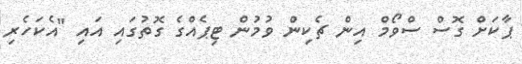
ޕާކަށް ގޮސް ސްވޯމް އިން ޗެކިން ވުމުން ޓިޕެއްގެ ގޮތުގައި އައި "އެކަހެރި